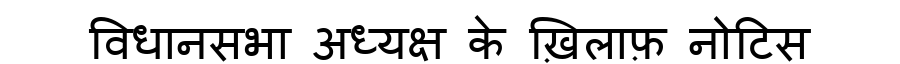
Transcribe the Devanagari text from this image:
विधानसभा अध्यक्ष के ख़िलाफ़ नोटिस